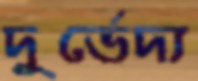
দুর্ভেদ্য